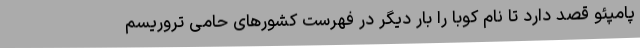
پامپئو قصد دارد تا نام کوبا را بار دیگر در فهرست کشورهای حامی تروریسم